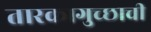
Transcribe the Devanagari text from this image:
तारकागुच्छाची